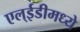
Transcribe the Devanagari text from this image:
एल्ईडीमध्ये